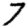
Digit: 7